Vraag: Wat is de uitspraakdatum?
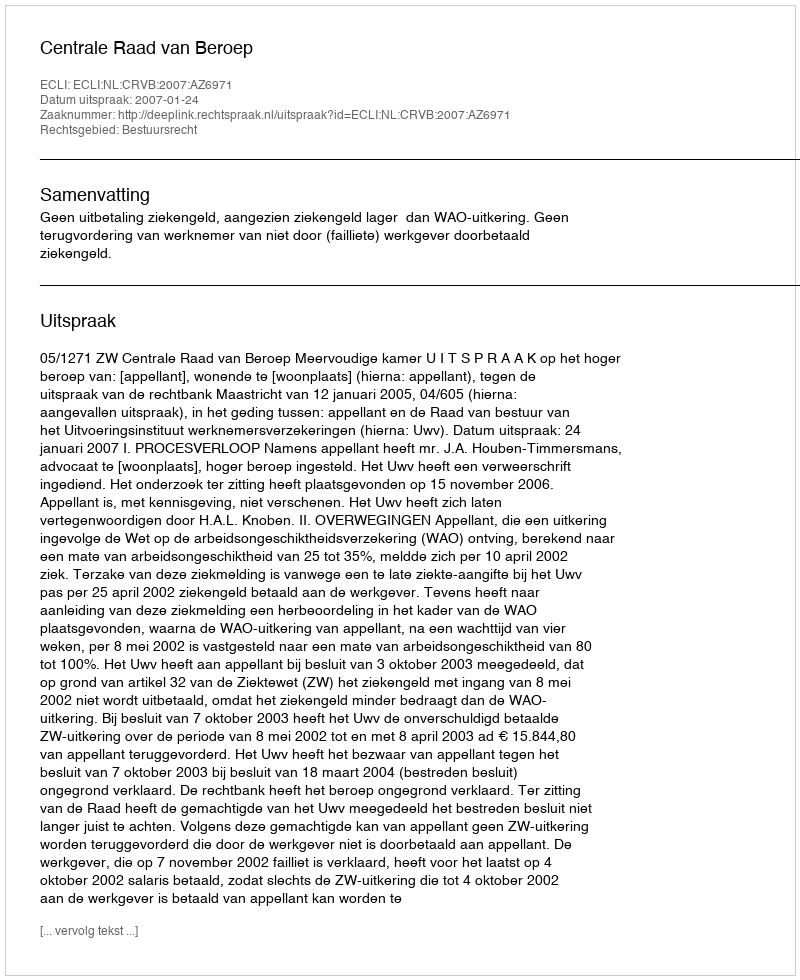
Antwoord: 2007-01-24